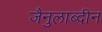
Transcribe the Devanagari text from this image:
जैनुलाब्दीन